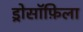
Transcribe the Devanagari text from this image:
ड्रोसॉफ़िला